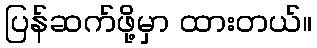
ပြန်ဆက်ဖို့မှာ ထားတယ်။